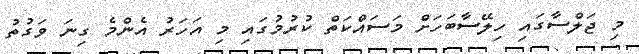
މި ޖަލްސާގައި ހިލޭސާބަހަށް މަސައްކަތް ކުރުމުގައި މި އަހަރު އެންމެ ގިނަ ވަގުތު